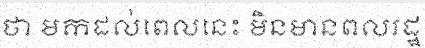
ថា មកដល់ពេលនេះ មិនមានពលរដ្ឋ